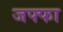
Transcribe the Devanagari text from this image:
जफ्फा